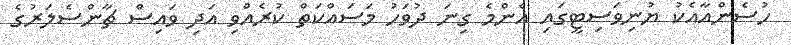
ހުސެންއާއެކު ޔުނިވަސިޓީގައި އެންމެ ގިނަ ދުވަހު މަސައްކަތް ކުރެއްވި އަދި ވައިސް ޗާންސެލަރުގެ